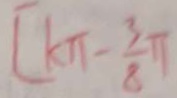
[ k \pi - \frac { 3 } { 8 } \pi